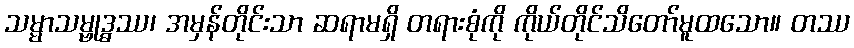
သမ္မာသမ္ဗုဒ္ဓဿ၊ အမှန်တိုင်းသာ ဆရာမရှိ တရားစုံကို ကိုယ်တိုင်သိတော်မူထသော။ တဿ